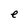
Character: e